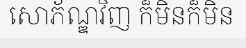
សោភ័ណ្ឌវិញ ក៏មិនក៏មិន